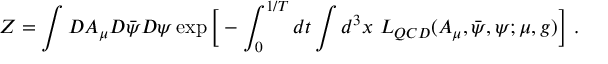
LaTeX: { \cal Z } = \int { \cal D } A _ { \mu } { \cal D } \bar { \psi } { \cal D } \psi \exp \bigg [ - \int _ { 0 } ^ { 1 / T } d t \int d ^ { 3 } x ~ { \cal L } _ { Q C D } ( A _ { \mu } , \bar { \psi } , \psi ; \mu , g ) \bigg ] \ .